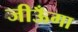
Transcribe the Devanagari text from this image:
जीऊँगा